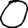
Digit: 0